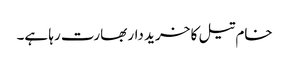
خام تیل کا خرید دار بھارت رہا ہے۔